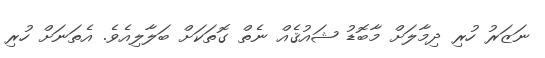
ނަޒަރު ހުރި ދިމާލަށް މާބޮޑު ޝައުޤެއް ނެތް ގޮތަކަށް ބަލާލިއެވެ. އެތަނަށް ހުރި